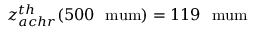
z _ { a c h r } ^ { t h } ( 5 0 0 ~ \mathrm { \ m u m } ) = 1 1 9 ~ \mathrm { \ m u m }